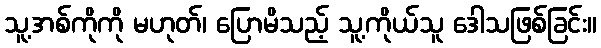
သူ့အစ်ကိုကို မဟုတ်၊ ပြောမိသည့် သူ့ကိုယ်သူ ဒေါသဖြစ်ခြင်း။